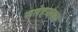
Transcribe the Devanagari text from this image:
फतेहमंगळ